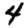
Digit: 4